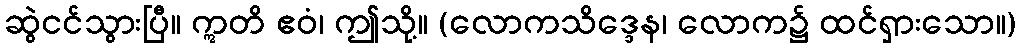
ဆွဲငင်သွားပြီ။ ဣတိ ဧဝံ၊ ဤသို့။ (လောကသိဒ္ဒေန၊ လောက၌ ထင်ရှားသော။)